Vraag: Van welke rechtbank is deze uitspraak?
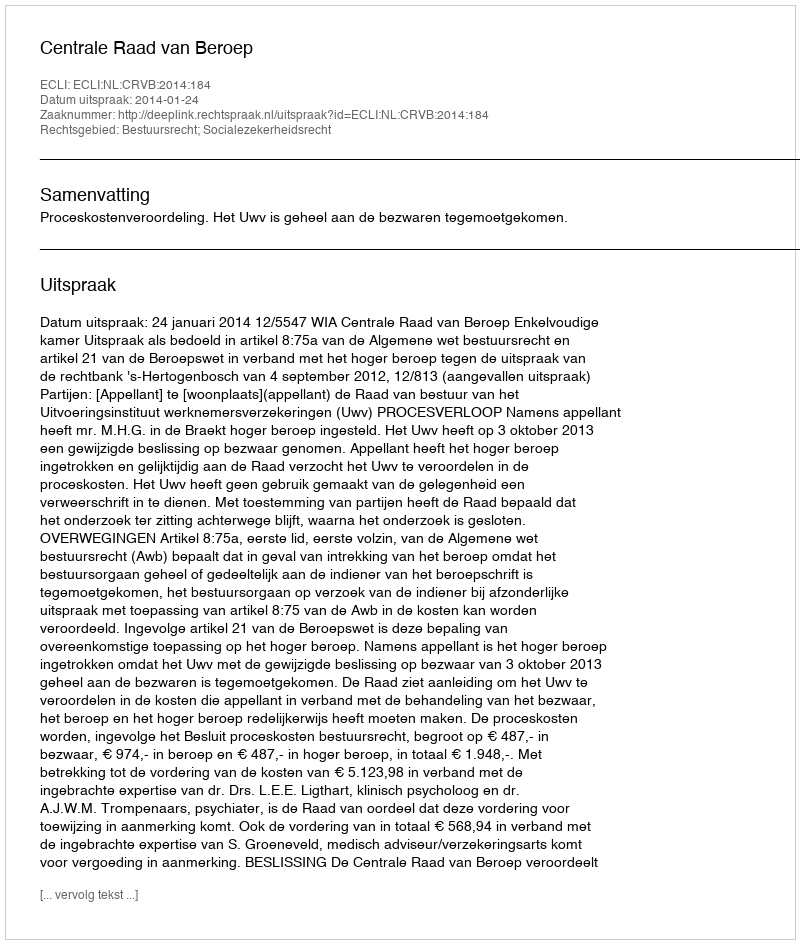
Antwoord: Centrale Raad van Beroep